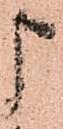
申